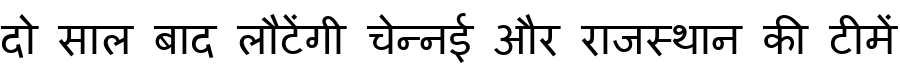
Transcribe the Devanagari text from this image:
दो साल बाद लौटेंगी चेन्नई और राजस्थान की टीमें